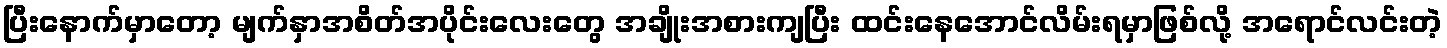
ပြီးနောက်မှာတော့ မျက်နှာအစိတ်အပိုင်းလေးတွေ အချိုးအစားကျပြီး ထင်းနေအောင်လိမ်းရမှာဖြစ်လို့ အရောင်လင်းတဲ့